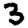
Digit: 3